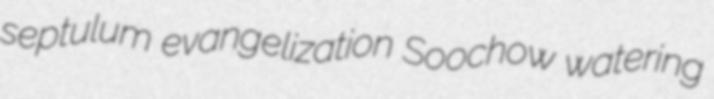
septulum evangelization Soochow watering